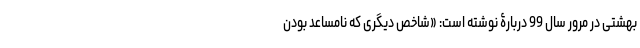
بهشتی در مرور سال 99 دربارۀ نوشته است: «شاخص دیگری که نامساعد بودن